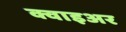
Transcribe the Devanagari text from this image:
क्वाइअर